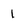
Character: l